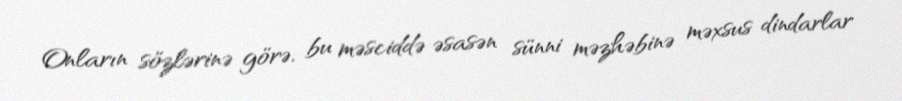
Onların sözlərinə görə, bu məsciddə əsasən sünni məzhəbinə məxsus dindarlar